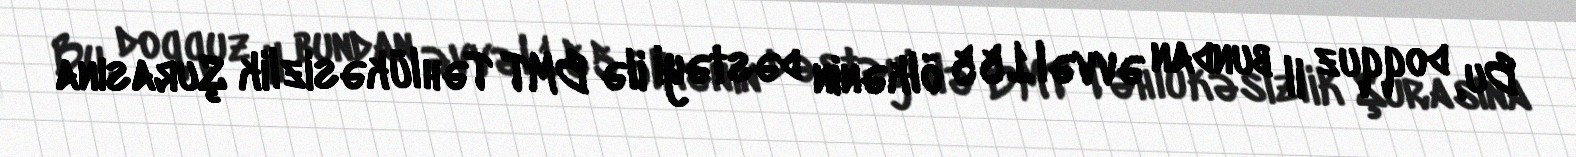
Bu, doqquz il bundan əvvəl 155 ölkənin dəstəyi ilə BMT Təhlükəsizlik Şurasına